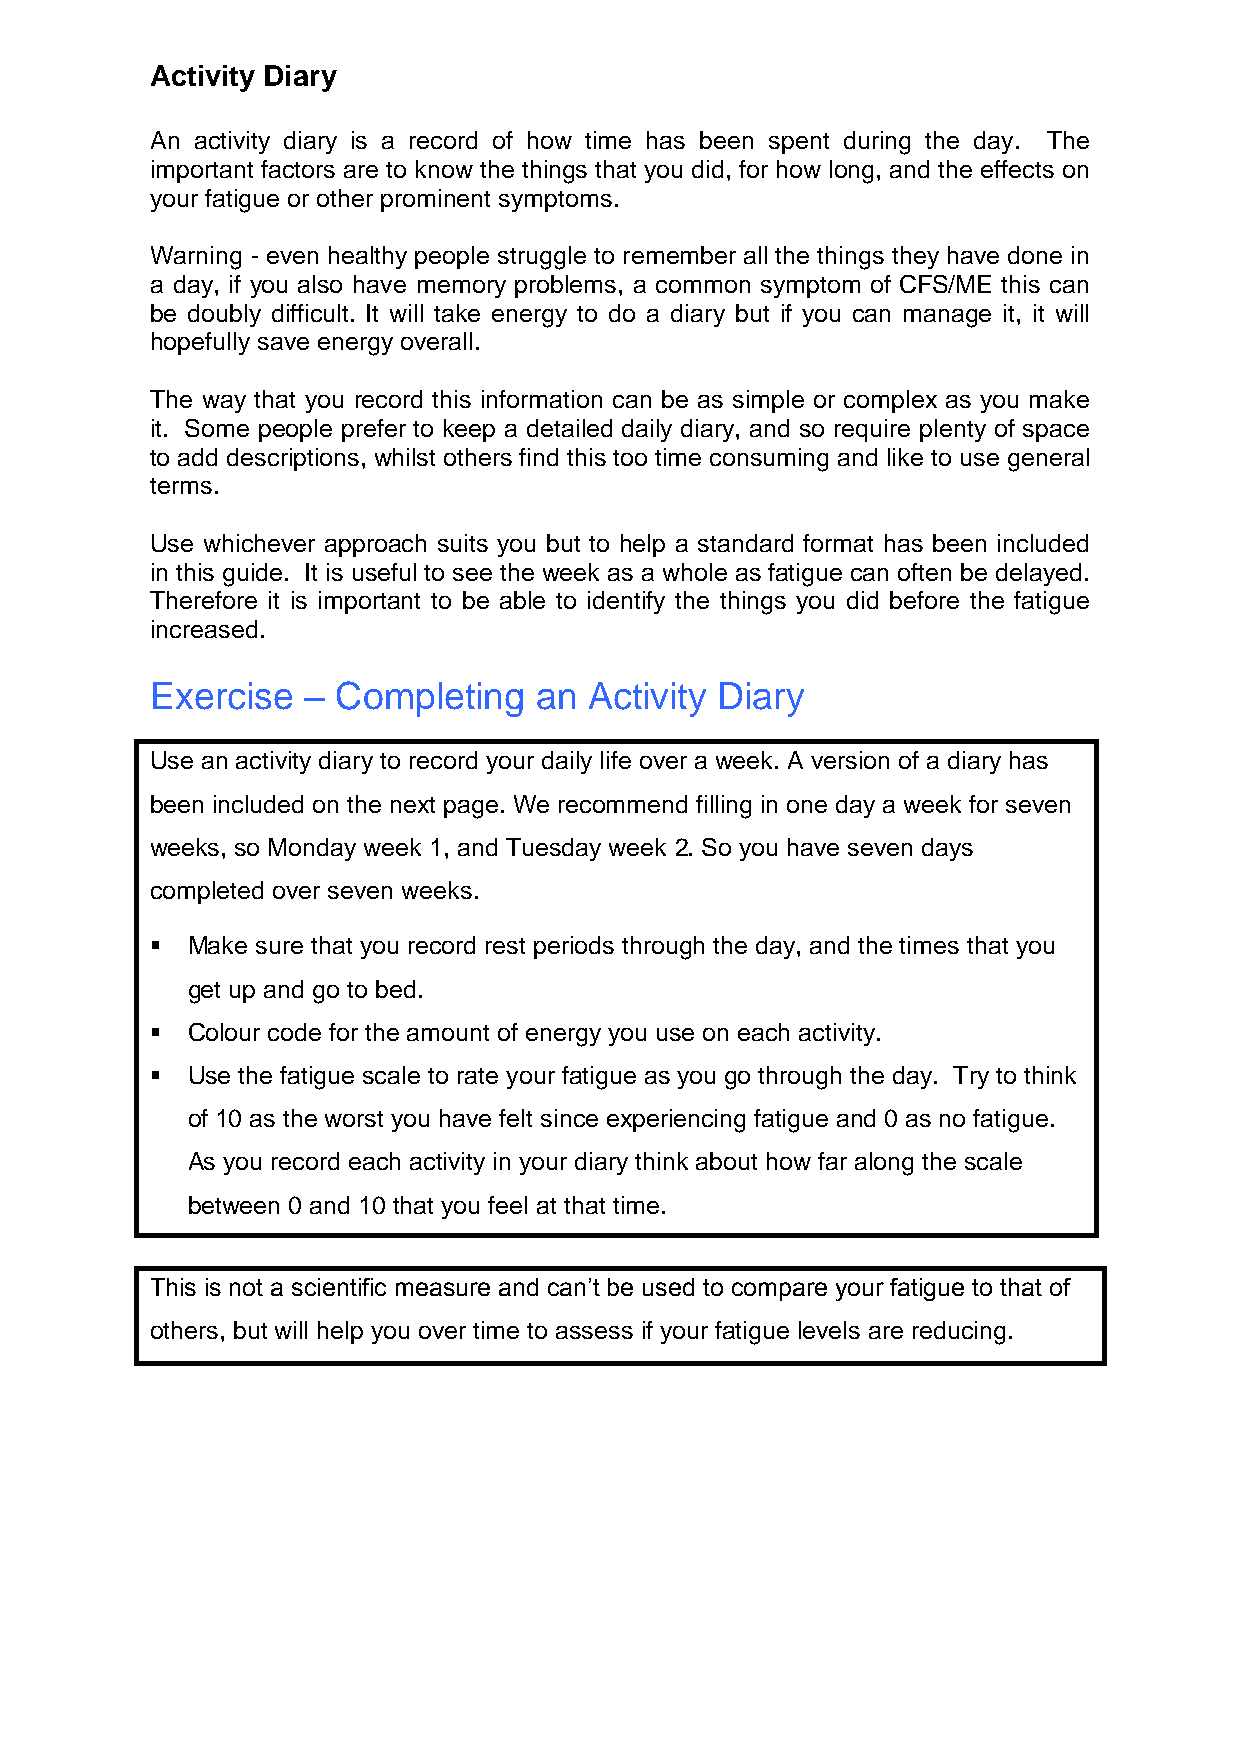
Activity Diary
 An activity diary is a record of how time has been spent during the day. The
 important factors are to know the things that you did, for how long, and the effects on
 your fatigue or other prominent symptoms.
 Warning - even healthy people struggle to remember all the things they have done in
 a day, if you also have memory problems, a common symptom of CFS/ME this can
 be doubly difficult. It will take energy to do a diary but if you can manage it, it will
 hopefully save energy overall.
 The way that you record this information can be as simple or complex as you make
 it. Some people prefer to keep a detailed daily diary, and so require plenty of space
 to add descriptions, whilst others find this too time consuming and like to use general
 terms.
 Use whichever approach suits you but to help a standard format has been included
 in this guide. It is useful to see the week as a whole as fatigue can often be delayed.
 Therefore it is important to be able to identify the things you did before the fatigue
 increased.
 Exercise  – Completing   an  Activity Diary
 Use an activity diary to record your daily life over a week. A version of a diary has
 been included on the next page. We recommend filling in one day a week for seven
 weeks, so Monday week 1, and Tuesday week 2. So you have seven days
 completed over seven weeks.
  Make sure that you record rest periods through the day, and the times that you
 get up and go to bed.
  Colour code for the amount of energy you use on each activity.
  Use the fatigue scale to rate your fatigue as you go through the day. Try to think
 of 10 as the worst you have felt since experiencing fatigue and 0 as no fatigue.
 As you record each activity in your diary think about how far along the scale
 between 0 and 10 that you feel at that time.
 This is not a scientific measure and can’t be used to compare your fatigue to that of
 others, but will help you over time to assess if your fatigue levels are reducing.